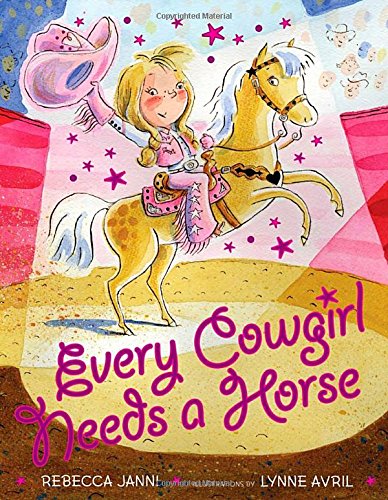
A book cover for Every Cowgirl Needs a Horse; Rebecca Janni; Children's Books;